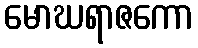
မောဃရာဇကော